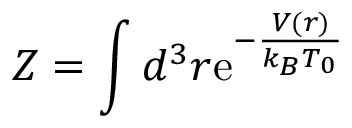
Z = \int d ^ { 3 } r \mathrm { e } ^ { - \frac { V ( \boldsymbol { r } ) } { k _ { B } T _ { 0 } } }